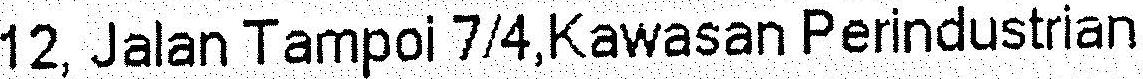
12, JALAN TAMPOI 7/4,KAWASAN PERINDUSTRIAN